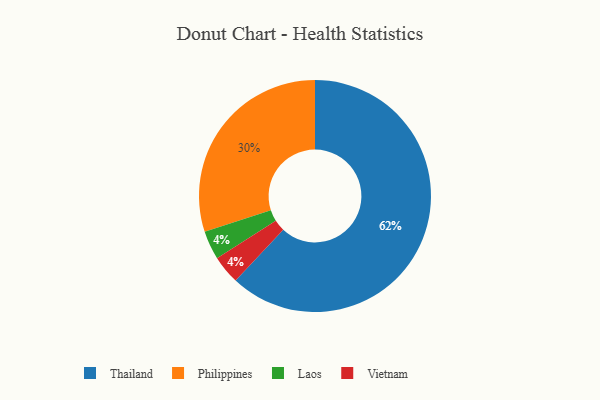
{"axis": {"x": "Category", "y": "Percentage"}, "legend": ["Laos", "Philippines", "Thailand", "Vietnam"], "data": [{"x": "Philippines", "y": 30, "type": "Philippines"}, {"x": "Laos", "y": 4, "type": "Laos"}, {"x": "Vietnam", "y": 4, "type": "Vietnam"}, {"x": "Thailand", "y": 62, "type": "Thailand"}]}